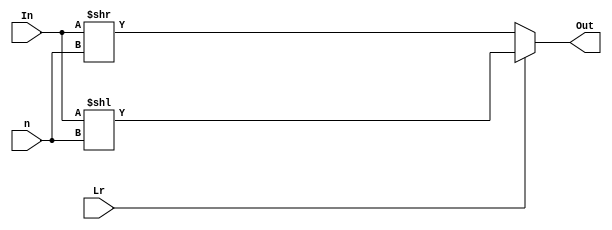
module barrel_shifter_8bit_bh(Out, In, Lr, n);

input [7:0]In;
input [2:0]n; //How many bits to shift
input Lr; //Left(1) or Right(0)
output reg [7:0]Out;

always@(*) begin
        if(Lr)
            Out = In << n;
        else
            Out = In >> n;

end


endmodule